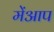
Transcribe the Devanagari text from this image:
मेंआप